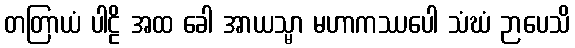
တတြာယံ ပါဠိ အထ ခေါ အာယသ္မာ မဟာကဿပေါ သံဃံ ဉာပေသိ